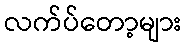
လက်ပ်တော့များ